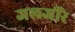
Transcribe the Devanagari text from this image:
जलजीरे